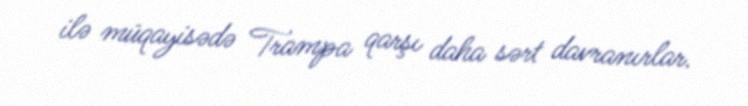
ilə müqayisədə Trampa qarşı daha sərt davranırlar.